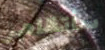
سأتظاهر